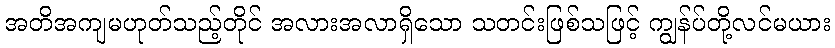
အတိအကျမဟုတ်သည့်တိုင် အလားအလာရှိသော သတင်းဖြစ်သဖြင့် ကျွန်ပ်တို့လင်မယား